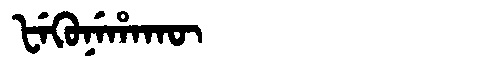
Manchu: ᡶᡝᡴᡠᠨᡝᡥᠠᡴᡡ
Romanization: FEKUNEHAKŪ